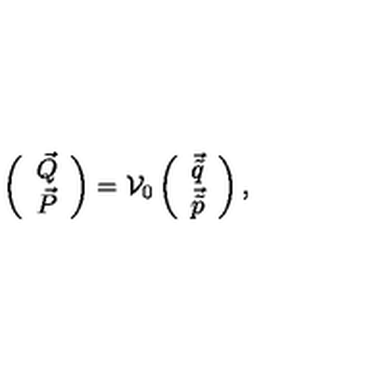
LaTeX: \left( \begin{array} { c } { \vec { Q } } \\ { \vec { P } } \\ \end{array} \right) = { \cal V } _ { 0 } \left( \begin{array} { c } { \vec { \tilde { q } } } \\ { \vec { \tilde { p } } } \\ \end{array} \right) ,